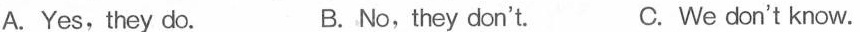
A.Yes,they do. B. No,they don't. C. We don't know.